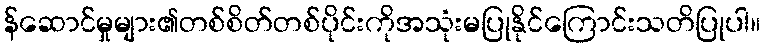
န်ဆောင်မှုများ၏တစ်စိတ်တစ်ပိုင်းကိုအသုံးမပြုနိုင်ကြောင်းသတိပြုပါ။